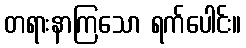
တရားနာကြသော ရက်ပေါင်း။